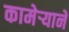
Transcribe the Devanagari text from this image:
कामेर्‍याने